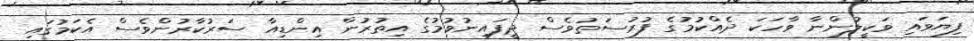
ފިޔަވައި ވަކީލުންނާ ވާހަކަ ދެއްކުމުގެ ފުރުސަތުވެސް ދީފައިނުވުމުގެ އިތުރުން އިންޑިއާ ސަރުކާރުންވެސް އެކަމުގައި